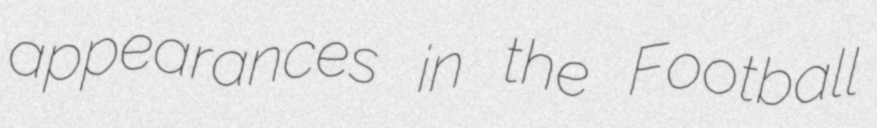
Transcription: appearances in the Football